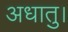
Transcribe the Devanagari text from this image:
अधातु।